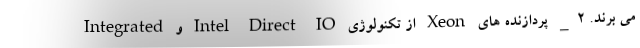
می برند. 2_ پردازنده های Xeon از تکنولوژی Intel Direct IO و Integrated